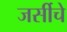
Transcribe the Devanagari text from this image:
जर्सीचे